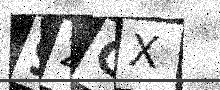
Text: 92GX